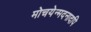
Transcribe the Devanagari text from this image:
मोचयेन्मदनादपि